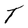
Character: T